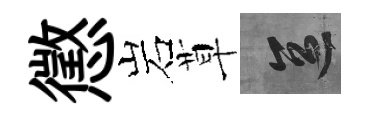
懲岩草區